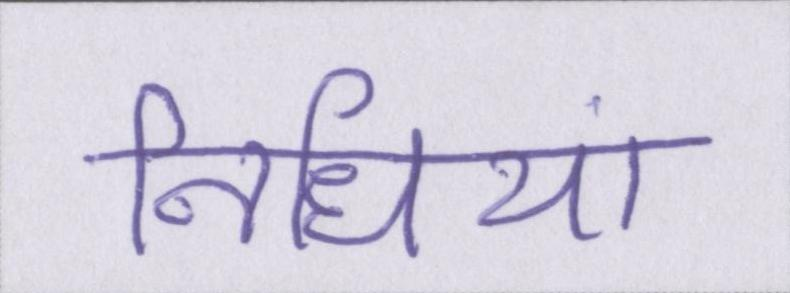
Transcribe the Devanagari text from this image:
निधियां